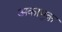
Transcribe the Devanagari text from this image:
अकामुक